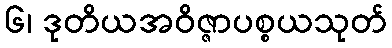
၆၊ ဒုတိယအဝိဇ္ဇာပစ္စယသုတ်